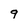
Character: 9